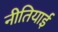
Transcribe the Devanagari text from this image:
नीतियाई